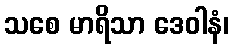
သစေ မာရိသာ ဒေဝါနံ၊